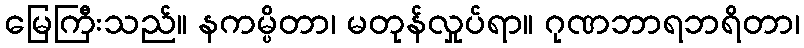
မြေကြီးသည်။ နကမ္ပိတာ၊ မတုန်လှုပ်ရာ။ ဂုဏဘာရဘရိတာ၊